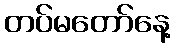
တပ်မတော်နေ့